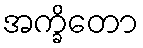
အက္ခိတော